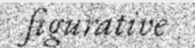
figurative